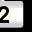
Digit: 2